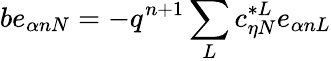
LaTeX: be_{\alpha nN}=-q^{n+1}\sum_{L}c_{\eta N}^{*L}e_{\alpha nL}